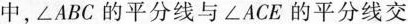
中，∠ABC的平分线与∠ACE的平分线交